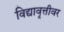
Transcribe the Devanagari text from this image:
विद्यावृत्तीवर